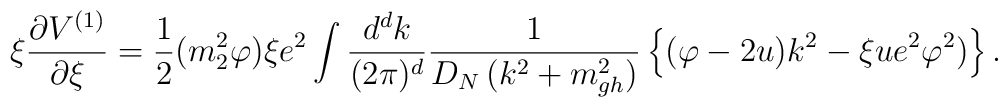
\xi \frac{\partial V^{(1)}}{\partial \xi }=\frac12(m_2^2\varphi )\xi e^2\int \frac{d^dk}{(2\pi )^d}\frac1{D_N\,(k^2+m_{gh}^2)}\left\{ (\varphi -2u)k^2-\xi ue^2\varphi ^2)\right\}.